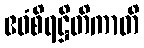
ဧဝံစိရဋ္ဌိတိကာတိ